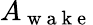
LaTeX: A_{\mathrm{~w~a~k~e~}}